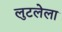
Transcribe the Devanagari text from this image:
लुटलेला